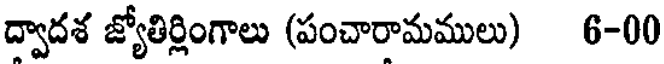
ద్వాదశ జ్యోతిర్లింగాలు (పంచారామములు) 6-00